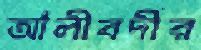
আলীবর্দীর